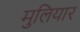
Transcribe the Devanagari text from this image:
मुलियार